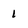
Character: 1